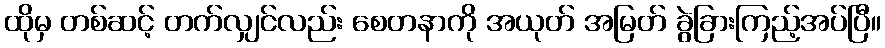
ထိုမှ တစ်ဆင့် တက်လျှင်လည်း စေတနာကို အယုတ် အမြတ် ခွဲခြားကြည့်အပ်ပြီ။